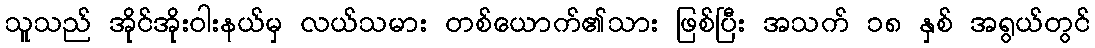
သူသည် အိုင်အိုးဝါးနယ်မှ လယ်သမား တစ်ယောက်၏သား ဖြစ်ပြီး အသက် ၁၈ နှစ် အရွယ်တွင်